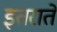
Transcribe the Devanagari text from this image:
इतराते